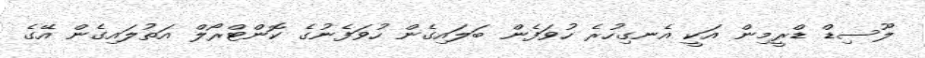
ލޫސިޑް ޑްރީމިން އަކީ އެނގިހުރެ ހުވަފެން ބަލައިގެން ހުވަފެނުގެ ކޮންޓްރޯލް އަތުލައިގެން އޭގެ